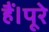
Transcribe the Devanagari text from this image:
हैं।पूरे